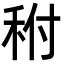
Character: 𥞂